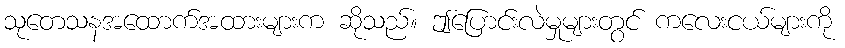
သုတေသနအထောက်အထားများက ဆိုသည်။ ဤပြောင်းလဲမှုများတွင် ကလေးငယ်များကို